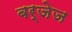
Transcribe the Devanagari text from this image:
बर्जेज